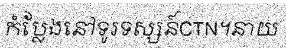
កំប្លែងនៅទូរទស្សន៍CTN។នាយ